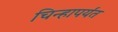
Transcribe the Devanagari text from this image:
चिन्हापर्यंत